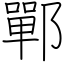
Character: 鄲